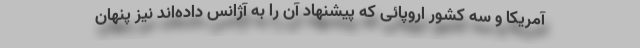
آمریکا و سه کشور اروپائی که پیشنهاد آن را به آژانس داده‌اند نیز پنهان